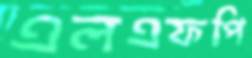
এলএফপি